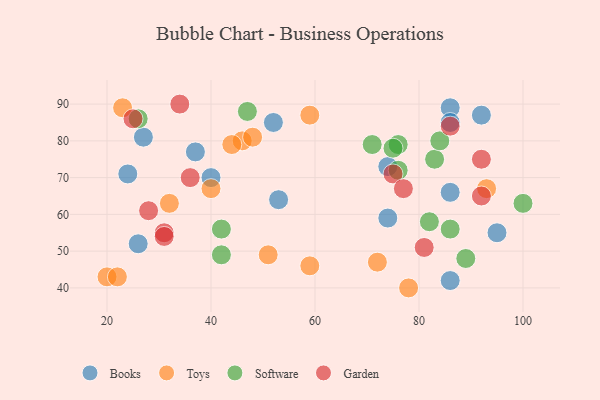
{"axis": {"x": "GDP", "y": "Life Expectancy"}, "legend": ["Books", "Garden", "Software", "Toys"], "data": [{"x": "95", "y": 55, "type": "Books"}, {"x": "86", "y": 89, "type": "Books"}, {"x": "53", "y": 64, "type": "Books"}, {"x": "26", "y": 52, "type": "Books"}, {"x": "24", "y": 71, "type": "Books"}, {"x": "37", "y": 77, "type": "Books"}, {"x": "40", "y": 70, "type": "Books"}, {"x": "74", "y": 73, "type": "Books"}, {"x": "92", "y": 87, "type": "Books"}, {"x": "27", "y": 81, "type": "Books"}, {"x": "86", "y": 85, "type": "Books"}, {"x": "52", "y": 85, "type": "Books"}, {"x": "74", "y": 59, "type": "Books"}, {"x": "86", "y": 66, "type": "Books"}, {"x": "86", "y": 42, "type": "Books"}, {"x": "59", "y": 46, "type": "Toys"}, {"x": "46", "y": 80, "type": "Toys"}, {"x": "20", "y": 43, "type": "Toys"}, {"x": "51", "y": 49, "type": "Toys"}, {"x": "93", "y": 67, "type": "Toys"}, {"x": "48", "y": 81, "type": "Toys"}, {"x": "59", "y": 87, "type": "Toys"}, {"x": "22", "y": 43, "type": "Toys"}, {"x": "32", "y": 63, "type": "Toys"}, {"x": "23", "y": 89, "type": "Toys"}, {"x": "44", "y": 79, "type": "Toys"}, {"x": "40", "y": 67, "type": "Toys"}, {"x": "72", "y": 47, "type": "Toys"}, {"x": "78", "y": 40, "type": "Toys"}, {"x": "71", "y": 79, "type": "Software"}, {"x": "100", "y": 63, "type": "Software"}, {"x": "26", "y": 86, "type": "Software"}, {"x": "82", "y": 58, "type": "Software"}, {"x": "76", "y": 79, "type": "Software"}, {"x": "75", "y": 78, "type": "Software"}, {"x": "86", "y": 56, "type": "Software"}, {"x": "76", "y": 72, "type": "Software"}, {"x": "83", "y": 75, "type": "Software"}, {"x": "42", "y": 56, "type": "Software"}, {"x": "89", "y": 48, "type": "Software"}, {"x": "84", "y": 80, "type": "Software"}, {"x": "42", "y": 49, "type": "Software"}, {"x": "47", "y": 88, "type": "Software"}, {"x": "92", "y": 65, "type": "Garden"}, {"x": "75", "y": 71, "type": "Garden"}, {"x": "31", "y": 55, "type": "Garden"}, {"x": "81", "y": 51, "type": "Garden"}, {"x": "86", "y": 84, "type": "Garden"}, {"x": "28", "y": 61, "type": "Garden"}, {"x": "92", "y": 75, "type": "Garden"}, {"x": "25", "y": 86, "type": "Garden"}, {"x": "31", "y": 54, "type": "Garden"}, {"x": "34", "y": 90, "type": "Garden"}, {"x": "77", "y": 67, "type": "Garden"}, {"x": "36", "y": 70, "type": "Garden"}]}